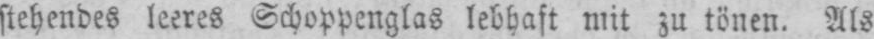
stehendes leeres Schoppenglas lebhaft mit zu tönen. Als